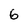
Character: 6